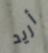
أريد